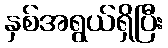
နှစ်အရွယ်ရှိပြီး